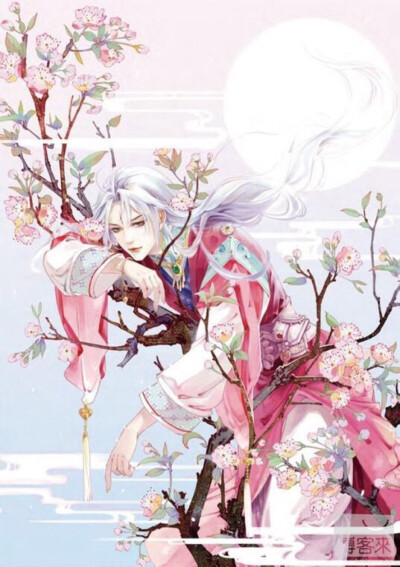
酌酒与君君自宽，人情翻覆似波澜。